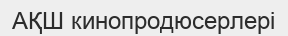
АҚШ кинопродюсерлері